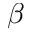
\beta